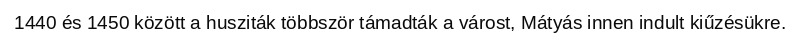
1440 és 1450 között a husziták többször támadták a várost, Mátyás innen indult kiűzésükre.